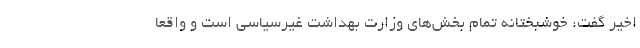
اخیر گفت: خوشبختانه تمام بخش‌های وزارت بهداشت غیرسیاسی است و واقعا